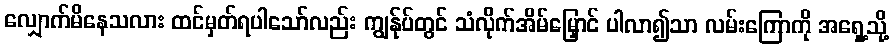
လျှောက်မိနေသလား ထင်မှတ်ရပါသော်လည်း ကျွန်ုပ်တွင် သံလိုက်အိမ်မြှောင် ပါလာ၍သာ လမ်းကြောကို အရှေ့သို့